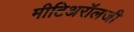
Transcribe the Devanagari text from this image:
मीटिअरॉलजी